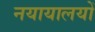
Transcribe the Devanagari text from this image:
नयायालयों